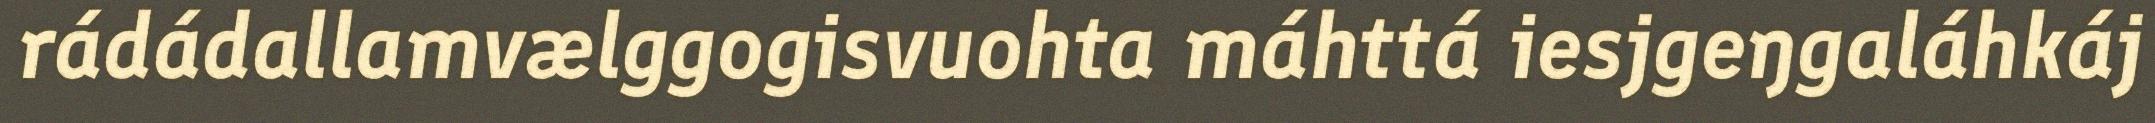
rádádallamvælggogisvuohta máhttá iesjgeŋgaláhkáj